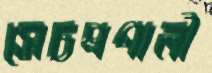
সেচপ্রণালী